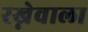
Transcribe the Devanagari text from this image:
रख्नेवाला